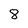
Character: 8